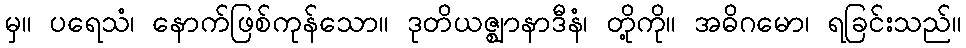
မှ။ ပရေသံ၊ နောက်ဖြစ်ကုန်သော။ ဒုတိယဇ္ဈာနာဒီနံ၊ တို့ကို။ အဓိဂမော၊ ရခြင်းသည်။